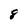
Character: 8